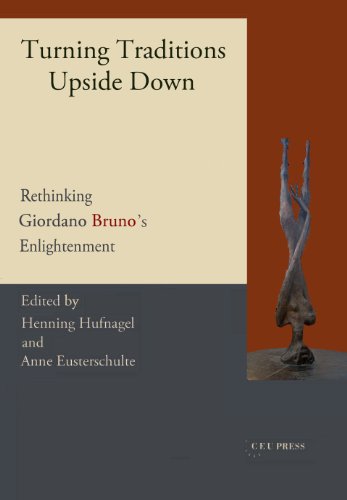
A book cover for Turning Traditions Upside Down: Rethinking Giordano Bruno's Enlightenment; Anne Eusterschulte; Politics & Social Sciences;